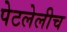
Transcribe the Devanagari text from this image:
पेटलेलीच